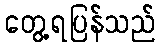
တွေ့ရပြန်သည်